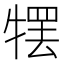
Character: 𰠹